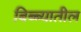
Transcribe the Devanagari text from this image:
बिब्ब्यातील